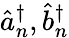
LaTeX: \hat{a}_{n}^{\dagger},\hat{b}_{n}^{\dagger}